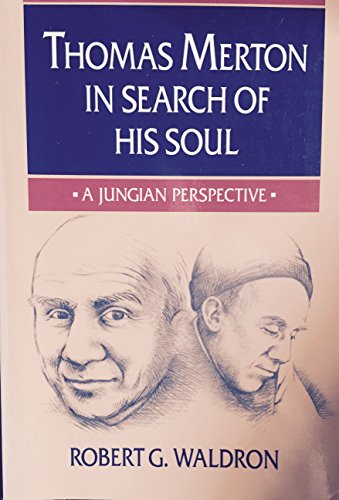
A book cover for Thomas Merton in Search of His Soul: A Jungian Perspective; Robert G. Waldron; Christian Books & Bibles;